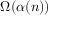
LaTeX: \Omega ( \alpha ( n ) )